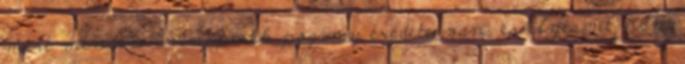
mert minden ünnepnek pogány eredete van, és ilyesmi nem